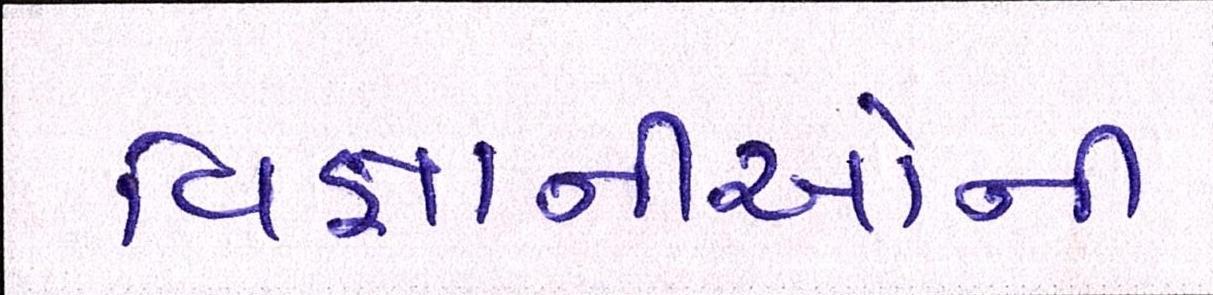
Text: વિજ્ઞાનીઓની